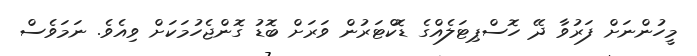
މީހުންނަށް ފަރުވާ ދޭ ހޮސްޕިޓަލެއްގެ ޑޮކްޓަރުން ވަރަށް ބޮޑު ގޮންޖެހުމަކަށް ވިއެވެ. ނަމަވެސް